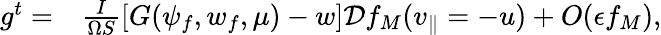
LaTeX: \begin{array}{rl}{g^{t}=}&{{}\frac{I}{\Omega S}\left[G(\psi_{f},w_{f},\mu)-w\right]\mathcal{D}f_{M}(v_{\parallel}=-u)+\textit{O}(\epsilon f_{M}),}\end{array}